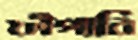
ফাঁপাবি